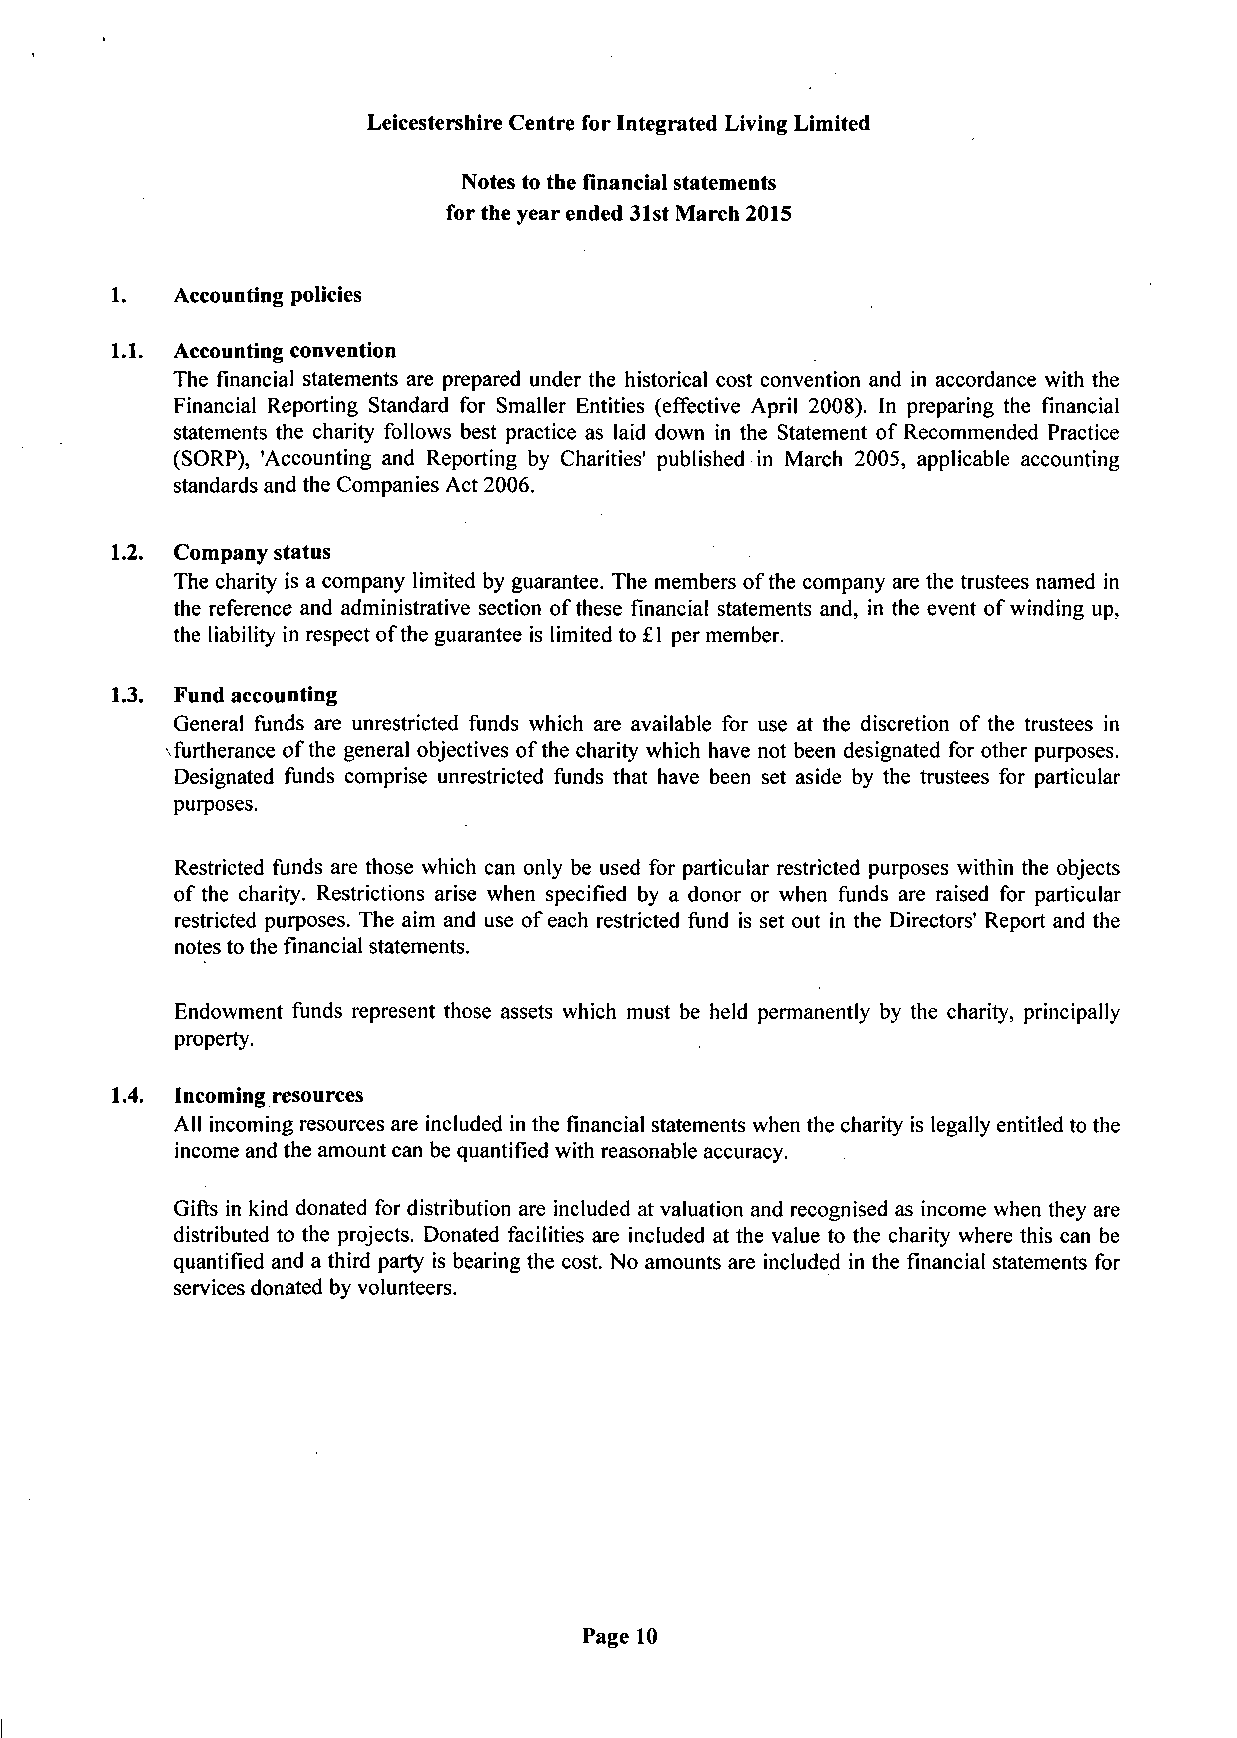
Leicestershire Centre for Integrated Living Limited
 Notes to the financial statements
 for the year ended 31st IVIarch 2015
 1.   Accounting policies
 Ll. Accounting convention
 The financial statements are prepared under the historical cost convention and in accordance with the
 Financial Reporting Standard for Smaller Entities (effective April 2008). In preparing the financial
 statements the charity follows best practice as laid down in the Statement of Recommended Practice
 (SORP), 'Accounting and Reporting by Charities' published in March 2005, applicable accounting
 standards and the Companies Act 2006.
 1.2. Company status
 The charity is a company limited by guarantee. The members of the company are the trustees named in
 the reference and administrative section of these financial statements and, in the event of winding up,
 the liability in respect of the guarantee is limited to £1 per member.
 1.3. Fund accounting
 General funds are unrestricted funds which are available for use at the discretion of the trustees in
 furtherance ofthe general objectives of the charity which have not been designated for other purposes.
 Designated funds comprise unrestricted funds that have been set aside by the trustees for particular
 purposes.
 Restricted funds are those which can only be used for particular restricted purposes within the objects
 of the charity. Restrictions arise when specified by a donor or when funds are raised for particular
 restricted purposes. The aim and use of each restricted fund is set out in the Directors' Report and the
 notes to the financial statements.
 Endowment funds represent those assets which must be held permanently by the charity, principally
 property.
 1.4. Incoming resources
 All incoming resources are included in the financial statements when the charity is legally entitled to the
 income and the amount can be quantified with reasonable accuracy.
 Gifts in kind donated for distribution are included at valuation and recognised as income when they are
 distributed to the projects. Donated facilities are included at the value to the charity where this can be
 quantified and a third party is bearing the cost. No amounts are included in the financial statements for
 services donated by volunteers.
 Page 10